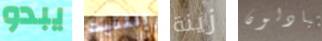
يبدو إلتقيت زينة يتبادلون